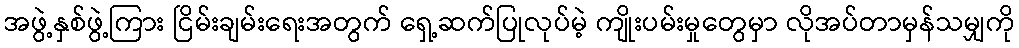
အဖွဲ့နှစ်ဖွဲ့ကြား ငြိမ်းချမ်းရေးအတွက် ရှေ့ဆက်ပြုလုပ်မဲ့ ကျိုးပမ်းမှုတွေမှာ လိုအပ်တာမှန်သမျှကို